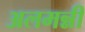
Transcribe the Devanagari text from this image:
अलमन्नी